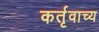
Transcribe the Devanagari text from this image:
कर्तृवाच्य